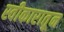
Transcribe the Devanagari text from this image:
स्वीकारातून